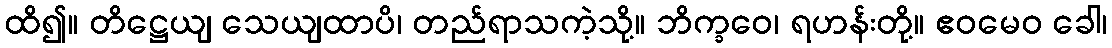
ထိ၍။ တိဋ္ဌေယျ သေယျထာပိ၊ တည်ရာသကဲ့သို့။ ဘိက္ခဝေ၊ ရဟန်းတို့။ ဧဝမေဝ ခေါ၊